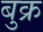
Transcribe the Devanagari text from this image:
बुक्र